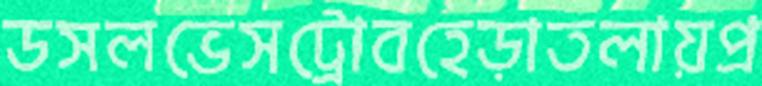
ডসলভেসট্রোবহেড়াতলায়প্র